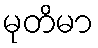
မုတိမာ